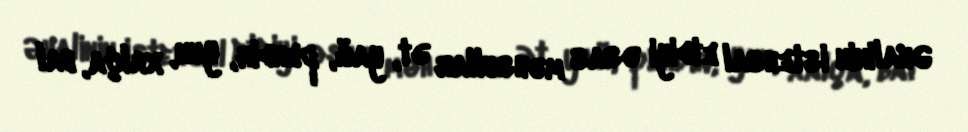
Əhalinin istehsal etdiyi əsas məhsullar ət, yağ, pendir, yun, xalça, bal